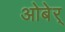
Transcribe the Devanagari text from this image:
ओबेर्